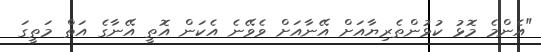
"އެންމެ މޮޅު ކުޅުންތެރިޔާއަށް އޭނާއަށް ވެވޭނެ އެކަން އޮތީ އޭނާގެ އަތް މަތީގަ